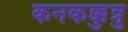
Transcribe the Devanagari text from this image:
कनकक्कुन्नु